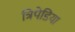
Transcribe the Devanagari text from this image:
त्रिपेडिया